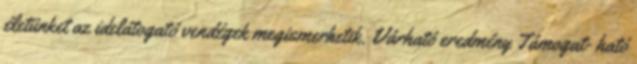
életünket az idelátogató vendégek megismerhetik. Várható eredmény Támogat- ható